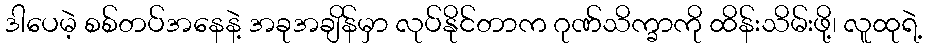
ဒါပေမဲ့ စစ်တပ်အနေနဲ့ အခုအချိန်မှာ လုပ်နိုင်တာက ဂုဏ်သိက္ခာကို ထိန်းသိမ်းဖို့၊ လူထုရဲ့